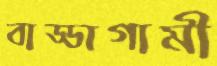
বাড্ডাগামী